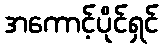
အကောင့်ပိုင်ရှင်